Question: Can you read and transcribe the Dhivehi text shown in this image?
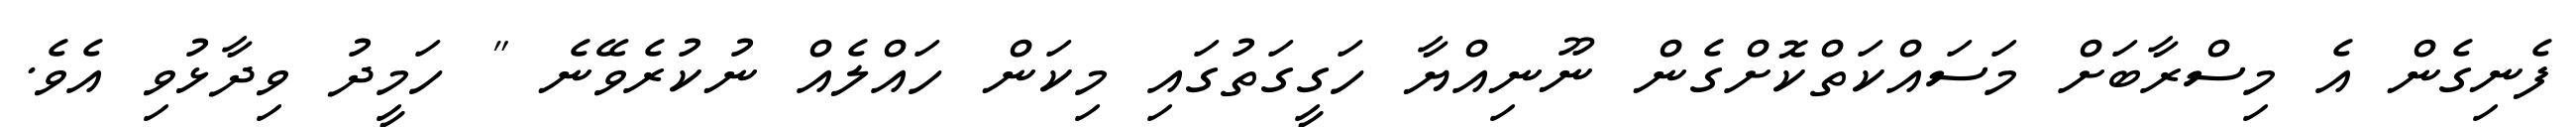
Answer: ފެނިގެން އެ މިސްރާބަށް މަސައްކަތްކޮށްގެން ނޫނިއްޔާ ހަގީގަތުގައި މިކަން ހައްލެއް ނުކުރެވޭނެ " ހަމީދު ވިދާޅުވި އެވެ.